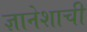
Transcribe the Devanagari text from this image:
ज्ञानेशाची